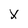
Character: X